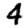
Digit: 4